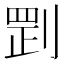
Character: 㓻